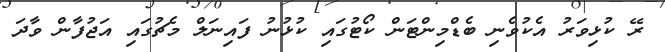
ރޭ ކުޅިވަރު އެކުވެނި ބެޑްމިންޓަން ކޯޓުގައި ކުޅުނު ފައިނަލް މެޗުގައި އަޖުފާން ވާދަ